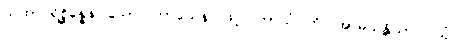
ယထာပရိစ္ဆိန္နေန၊ သော။ ကာယေန၊ ဖြင့်။ ကာယံ၊ ကို။ အာမသန္တိယာပိ၊ သုံ